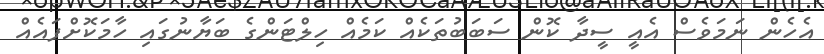
އެހެން ނަމަވެސް އެއީ ސީދާ ކޮން ސަބަބުތަކެއް ކަމެއް ހިލްޓަންގެ ބަޔާނުގައި ހާމަކޮށްފައެއް